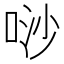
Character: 唦